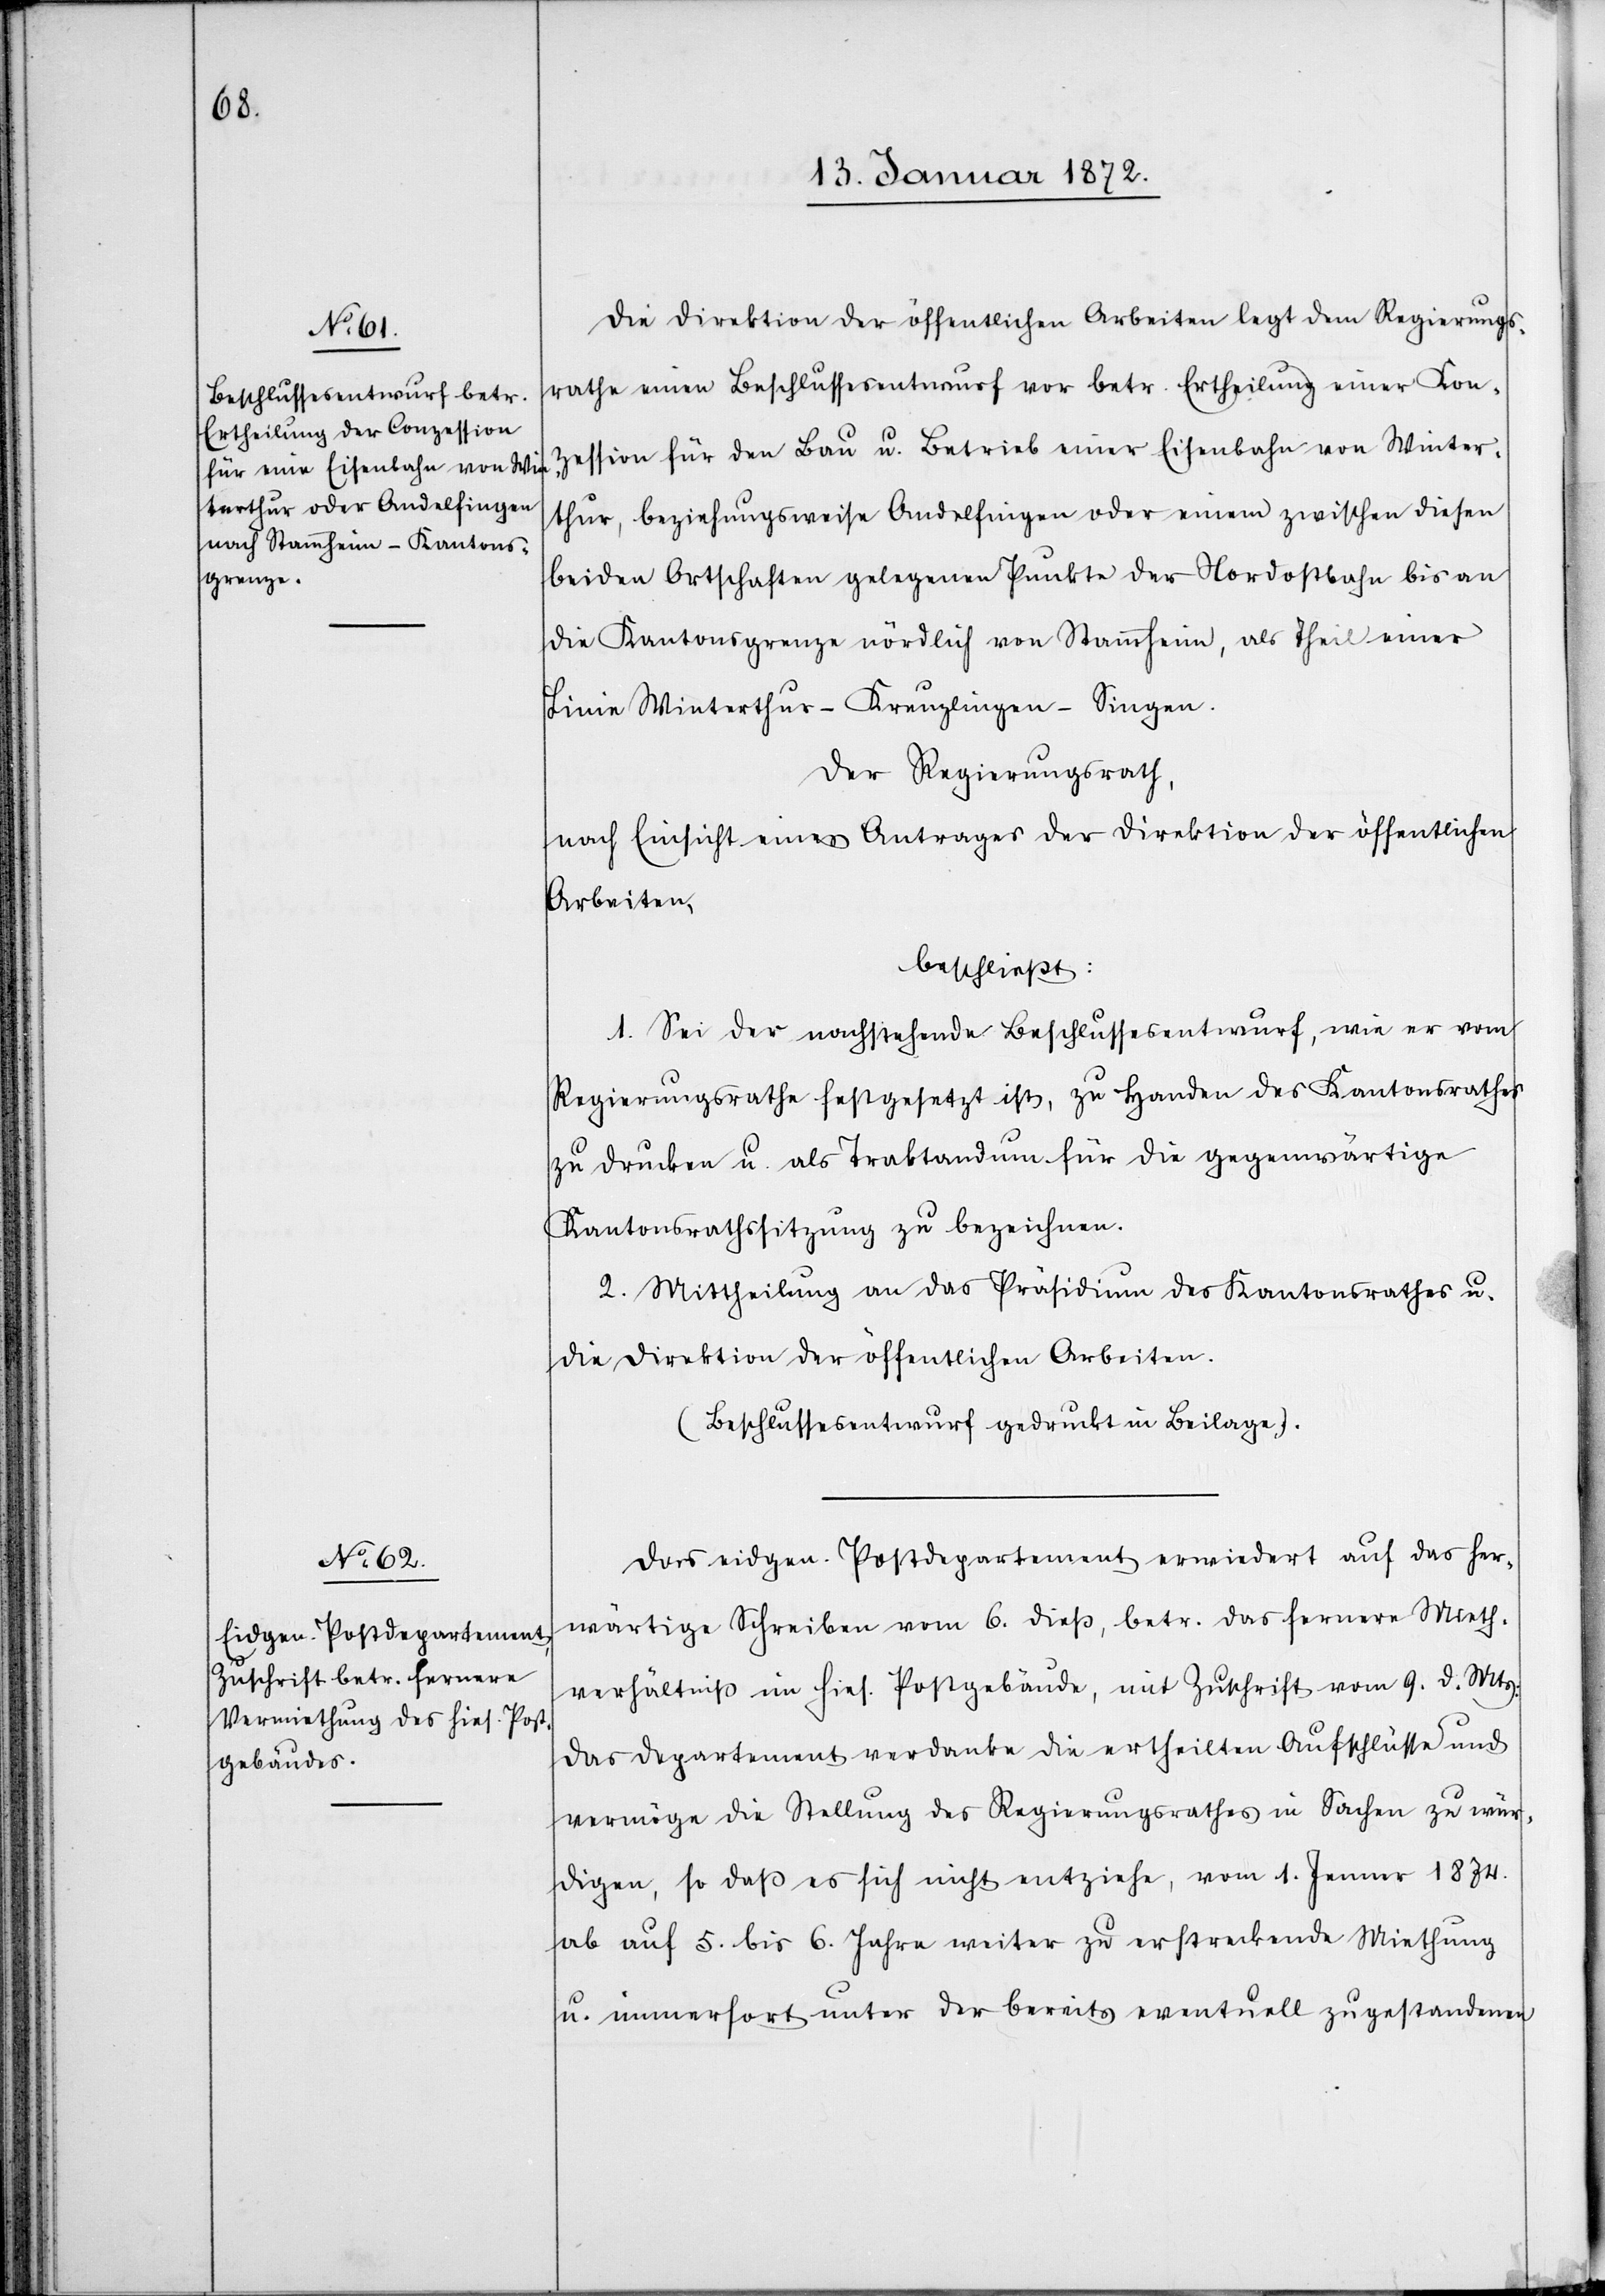
Die Direktion der öffentlichen Arbeiten legt dem Regierungs¬
rathe einen Beschlussesentwurf vor betr. Ertheilung einer Kon¬
zession für den Bau u. Betrieb einer Eisenbahn von Winter¬
thur, beziehungsweise Andelfingen oder einem zwischen diesen
beiden Ortschaften gelegenen Punkte der Nordostbahn bis an
die Kantonsgrenze nördlich von Stammheim, als Theil einer
Linie Winterthur–Kreuzlingen–Singen.
Der Regierungsrath,
nach Einsicht eines Antrages der Direktion der öffentlichen
Arbeiten,
beschließt:
1. Sei der nachstehende Beschlussesentwurf, wie er vom
Regierungsrathe festgesetzt ist, zu Handen des Kantonsrathes
zu drucken u. als Traktandum für die gegenwärtige
Kantonsrathssitzung zu bezeichnen.
2. Mittheilung an das Präsidium des Kantonsrathes u.
die Direktion der öffentlichen Arbeiten.
(Beschlussesentwurf gedruckt in Beilage).
Das eidgen. Postdepartement erwiedert auf das her¬
wärtige Schreiben vom 6. dieß, betr. das fernere Mieth¬
verhältniß im hies. Postgebäude, mit Zuschrift vom 9. d. Mts:
Das Departement verdanke die ertheilten Aufschlüsse und
vermöge die Stellung des Regierungsrathes in Sachen zu wür¬
digen, so daß es sich nicht entziehe, vom 1. Jenner 1874.
ab auf 5. bis 6. Jahre weiter zu erstreckende Miethung
u. immerfort unter der bereits eventuell zugestandenen